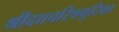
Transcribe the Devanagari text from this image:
श्रीदत्तचरित्रगुटिका